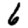
Digit: 6